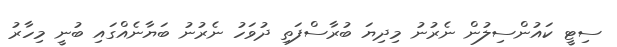
ސިޓީ ކައުންސިލުން ނެރުނު މިދިޔަ ބުރާސްފަތި ދުވަހު ނެރުނު ބަޔާނެއްގައި ބުނީ މިހާރު